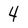
Character: 4